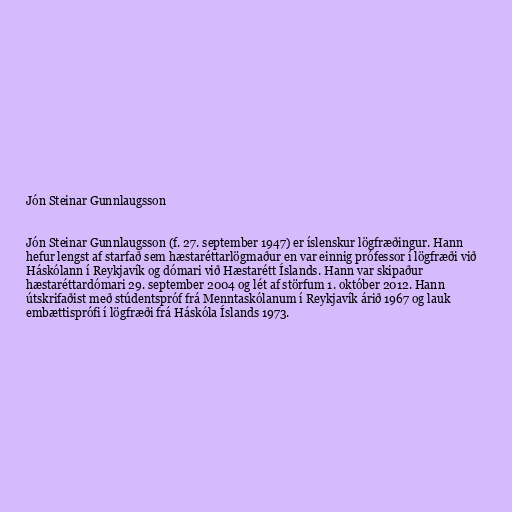
Jón Steinar Gunnlaugsson

Jón Steinar Gunnlaugsson (f. 27. september 1947) er íslenskur lögfræðingur. Hann
hefur lengst af starfað sem hæstaréttarlögmaður en var einnig prófessor í lögfræði við
Háskólann í Reykjavík og dómari við Hæstarétt Íslands. Hann var skipaður
hæstaréttardómari 29. september 2004 og lét af störfum 1. október 2012. Hann
útskrifaðist með stúdentspróf frá Menntaskólanum í Reykjavík árið 1967 og lauk
embættisprófi í lögfræði frá Háskóla Íslands 1973.